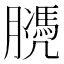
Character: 𦡻